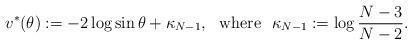
\begin{align*}v^*(\theta):=-2\log\sin\theta+\kappa_{N-1},\ \ \textrm{where}\ \ \kappa_{N-1}:=\log\frac{N-3}{N-2}.\end{align*}